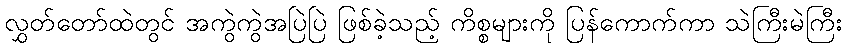
လွှတ်တော်ထဲတွင် အကွဲကွဲအပြဲပြဲ ဖြစ်ခဲ့သည့် ကိစ္စများကို ပြန်ကောက်ကာ သဲကြီးမဲကြီး